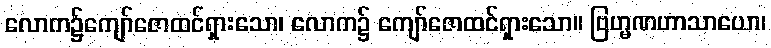
လောက၌ကျော်ဇောထင်ရှားသော၊ လောက၌ ကျော်ဇောထင်ရှားသော။ ဗြဟ္မဏဟာသာယော၊